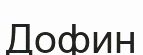
Дофин